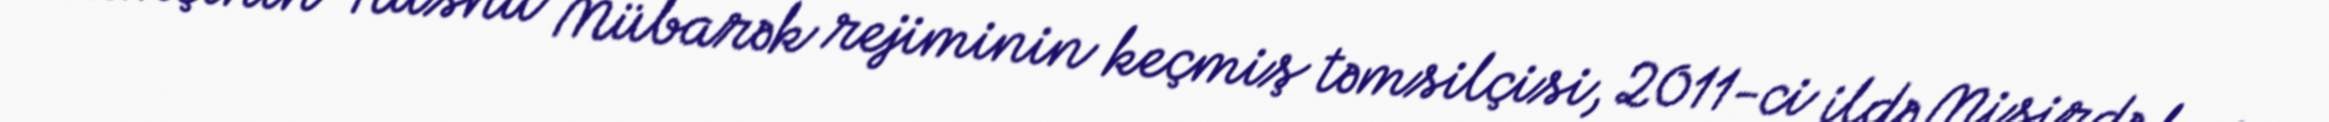
Həmçinin Hüsnü Mübarək rejiminin keçmiş təmsilçisi, 2011-ci ildə Misirdə baş